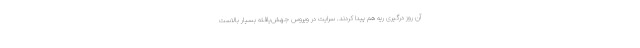
آن روز درگیری ریه هم پیدا کردند. سرایت در ویروس جهش‌یافته بسیار بالاست